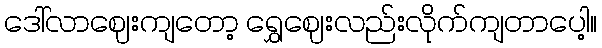
ဒေါ်လာဈေးကျတော့ ရွှေဈေးလည်းလိုက်ကျတာပေါ့။